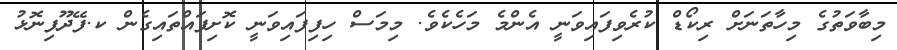
މިބާވަތުގެ މިހާތަނަށް ރިކޯޑް ކުރެވިފައިވަނީ އެންމެ މަހެކެވެ. މިމަސް ހިފިފައިވަނީ ކޮށިފައްތައިގެން ކ.ފޭދޫފިނޮޅު